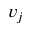
v _ { j }